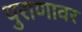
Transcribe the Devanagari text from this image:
पुराणावर